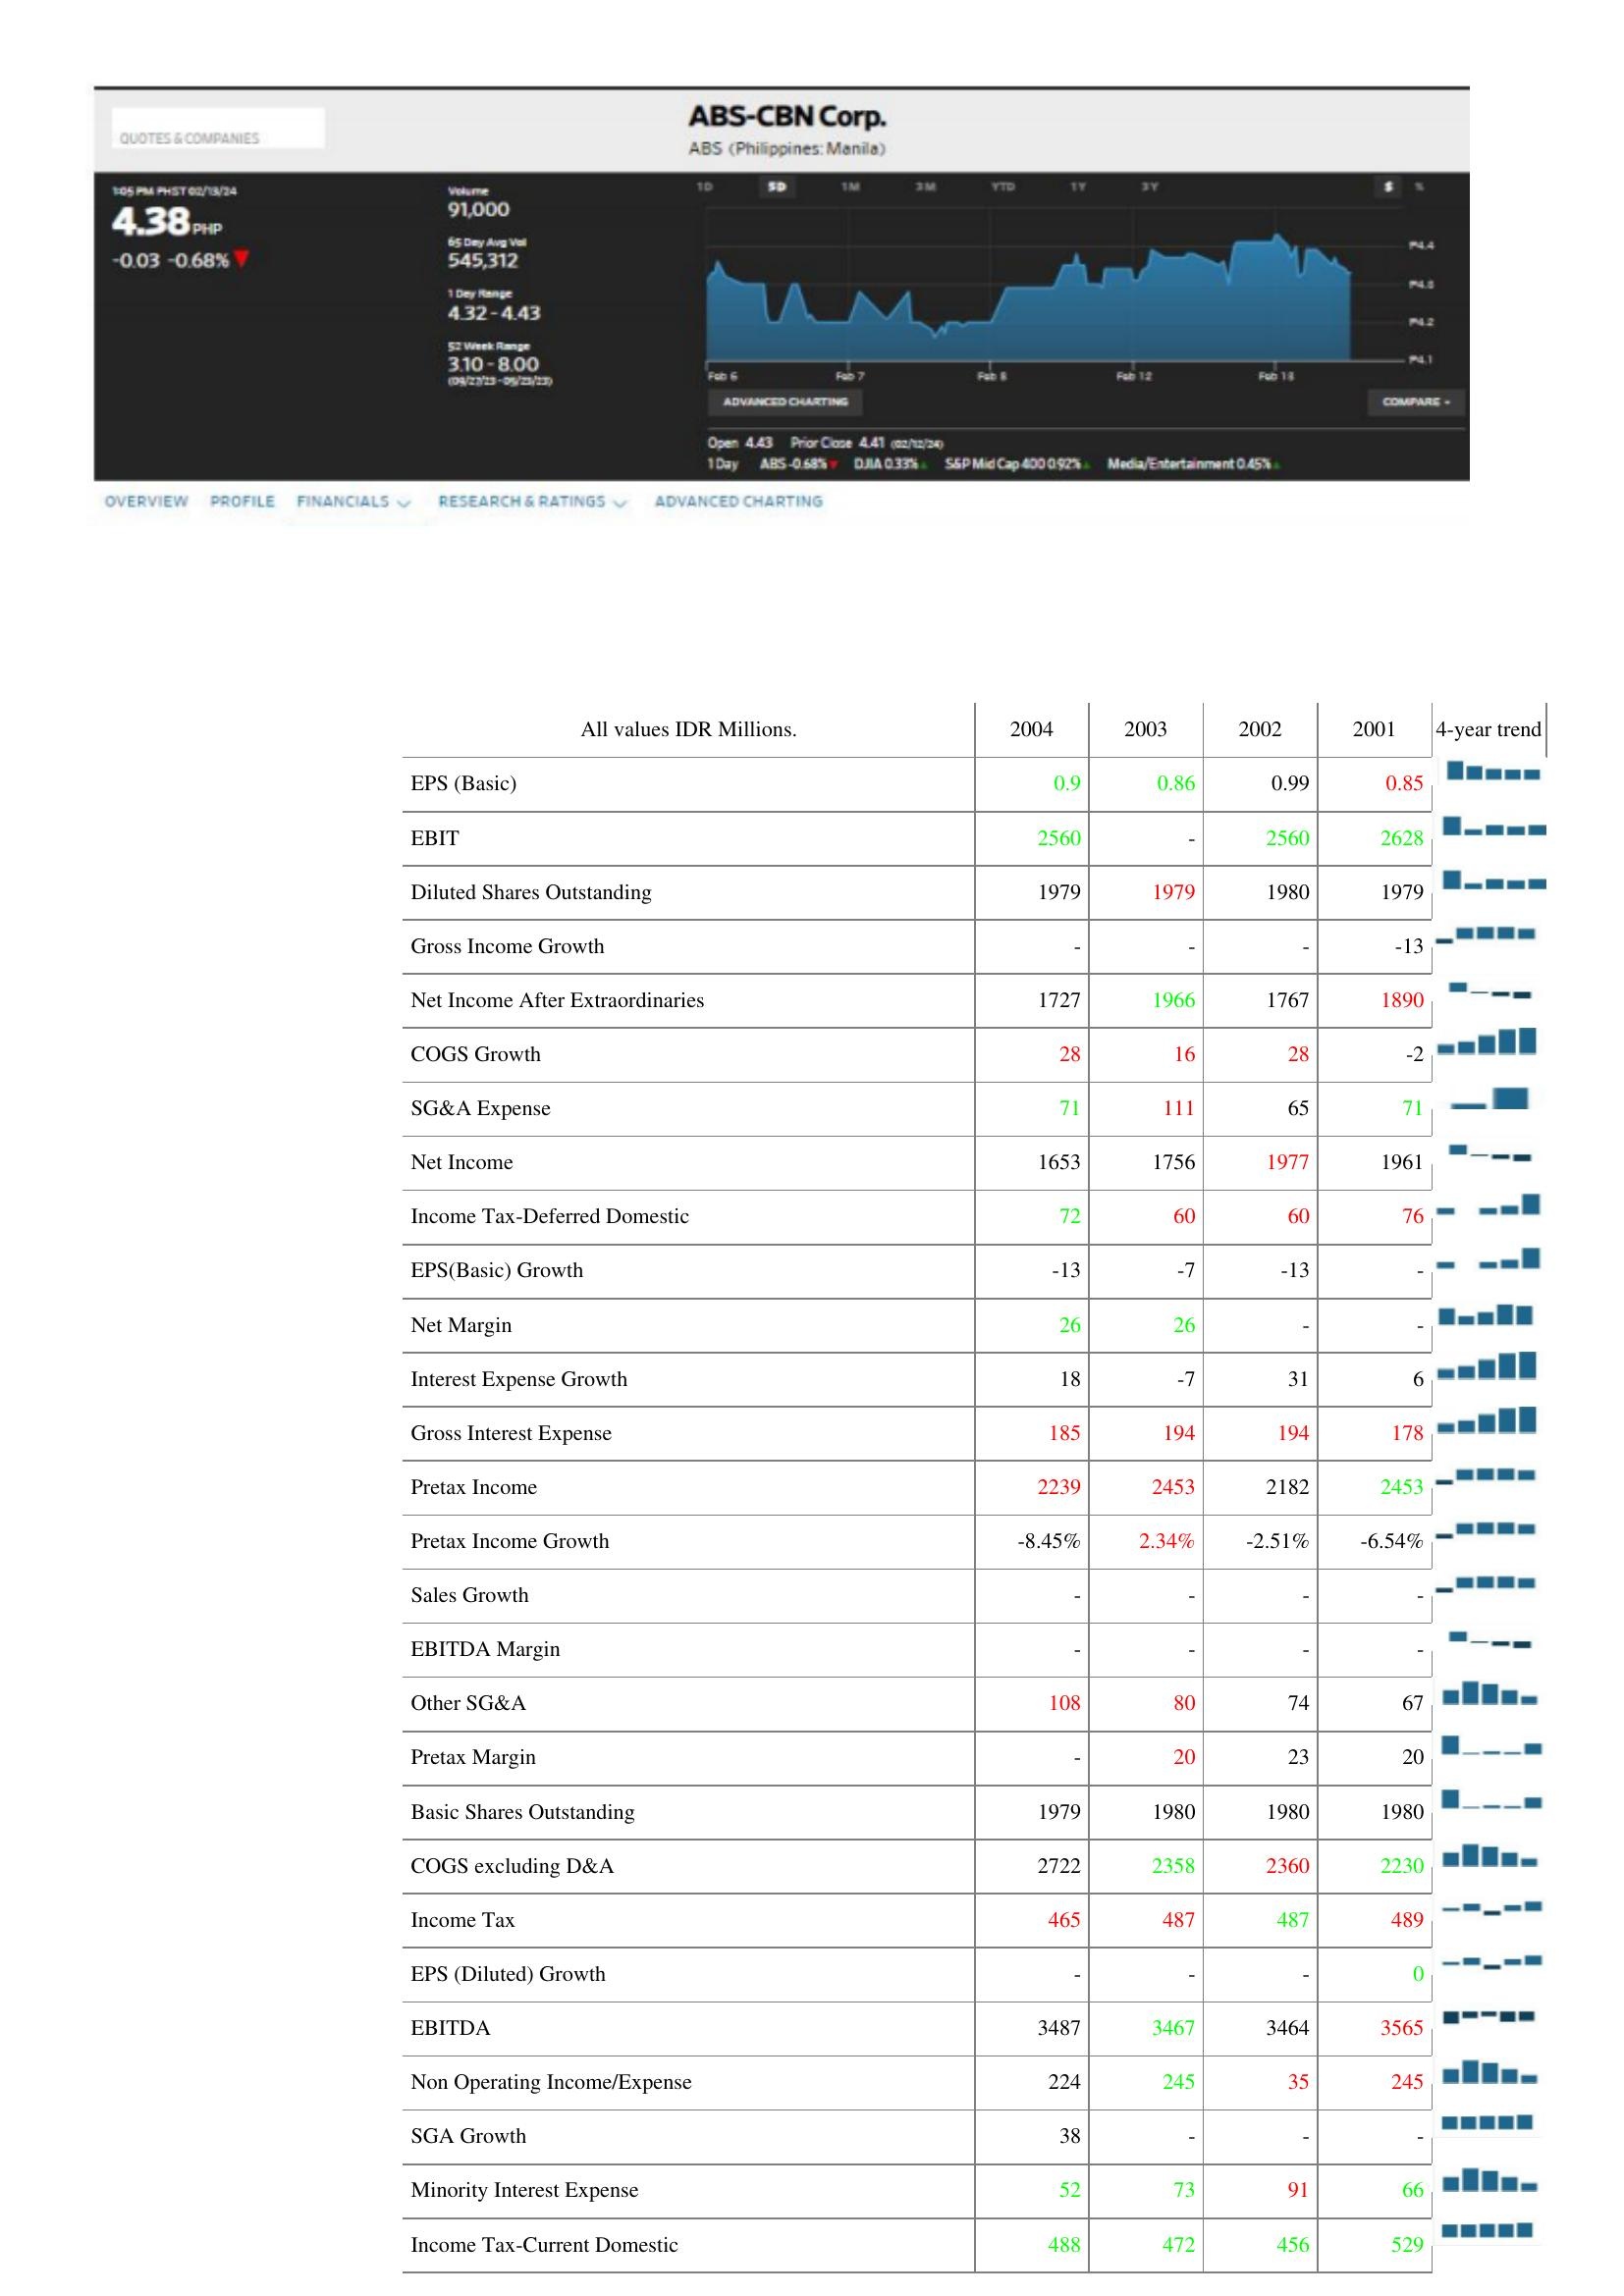
2004: : EPS (Basic): 0.9
EBIT: 2560
Diluted Shares Outstanding: 1979
Gross Income Growth: -
Net Income After Extraordinaries: 1727
COGS Growth: 28
SG&A Expense: 71
Net Income: 1653
Income Tax-Deferred Domestic: 72
EPS(Basic) Growth: -13
Net Margin: 26
Interest Expense Growth: 18
Gross Interest Expense: 185
Pretax Income: 2239
Pretax Income Growth: -8.45%
Sales Growth: -
EBITDA Margin: -
Other SG&A: 108
Pretax Margin: -
Basic Shares Outstanding: 1979
COGS excluding D&A: 2722
Income Tax: 465
EPS (Diluted) Growth: -
EBITDA: 3487
Non Operating Income/Expense: 224
SGA Growth: 38
Minority Interest Expense: 52
Income Tax-Current Domestic: 488
2003: : EPS (Basic): 0.86
EBIT: -
Diluted Shares Outstanding: 1979
Gross Income Growth: -
Net Income After Extraordinaries: 1966
COGS Growth: 16
SG&A Expense: 111
Net Income: 1756
Income Tax-Deferred Domestic: 60
EPS(Basic) Growth: -7
Net Margin: 26
Interest Expense Growth: -7
Gross Interest Expense: 194
Pretax Income: 2453
Pretax Income Growth: 2.34%
Sales Growth: -
EBITDA Margin: -
Other SG&A: 80
Pretax Margin: 20
Basic Shares Outstanding: 1980
COGS excluding D&A: 2358
Income Tax: 487
EPS (Diluted) Growth: -
EBITDA: 3467
Non Operating Income/Expense: 245
SGA Growth: -
Minority Interest Expense: 73
Income Tax-Current Domestic: 472
2002: : EPS (Basic): 0.99
EBIT: 2560
Diluted Shares Outstanding: 1980
Gross Income Growth: -
Net Income After Extraordinaries: 1767
COGS Growth: 28
SG&A Expense: 65
Net Income: 1977
Income Tax-Deferred Domestic: 60
EPS(Basic) Growth: -13
Net Margin: -
Interest Expense Growth: 31
Gross Interest Expense: 194
Pretax Income: 2182
Pretax Income Growth: -2.51%
Sales Growth: -
EBITDA Margin: -
Other SG&A: 74
Pretax Margin: 23
Basic Shares Outstanding: 1980
COGS excluding D&A: 2360
Income Tax: 487
EPS (Diluted) Growth: -
EBITDA: 3464
Non Operating Income/Expense: 35
SGA Growth: -
Minority Interest Expense: 91
Income Tax-Current Domestic: 456
2001: : EPS (Basic): 0.85
EBIT: 2628
Diluted Shares Outstanding: 1979
Gross Income Growth: -13
Net Income After Extraordinaries: 1890
COGS Growth: -2
SG&A Expense: 71
Net Income: 1961
Income Tax-Deferred Domestic: 76
EPS(Basic) Growth: -
Net Margin: -
Interest Expense Growth: 6
Gross Interest Expense: 178
Pretax Income: 2453
Pretax Income Growth: -6.54%
Sales Growth: -
EBITDA Margin: -
Other SG&A: 67
Pretax Margin: 20
Basic Shares Outstanding: 1980
COGS excluding D&A: 2230
Income Tax: 489
EPS (Diluted) Growth: 0
EBITDA: 3565
Non Operating Income/Expense: 245
SGA Growth: -
Minority Interest Expense: 66
Income Tax-Current Domestic: 529